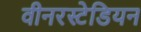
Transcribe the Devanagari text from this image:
वीनरस्टेडियन